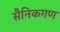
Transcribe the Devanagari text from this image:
सैनिकगण